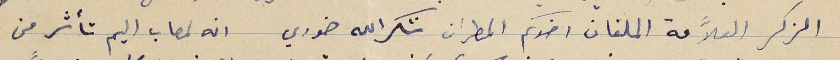
الذكر العلاَّمة الملفان اخوكم المطران شكرالله خوري انه لمصاب اليم تأثر من